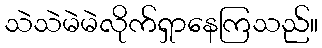
သဲသဲမဲမဲလိုက်ရှာနေကြသည်။